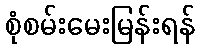
စုံစမ်းမေးမြန်းရန်